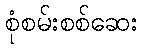
စုံစမ်းစစ်ဆေး